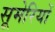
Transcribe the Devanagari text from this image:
सूमेरियों